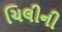
ચિલીની